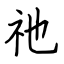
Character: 祂